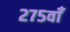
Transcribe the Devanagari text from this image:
२७५वाँ